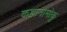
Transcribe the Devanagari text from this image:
कहानामोकु